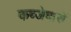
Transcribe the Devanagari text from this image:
कब्जेदारों